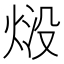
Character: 𭴱